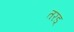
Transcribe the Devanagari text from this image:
तरड्